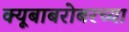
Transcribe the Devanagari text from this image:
क्यूबाबरोबरच्या